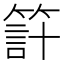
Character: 𥰇